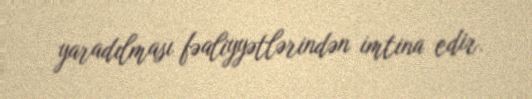
yaradılması fəaliyyətlərindən imtina edir.